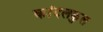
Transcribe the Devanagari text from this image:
कांदलकुल